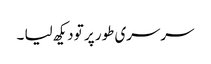
سرسری طور پر تو دیکھ لیا ۔